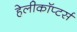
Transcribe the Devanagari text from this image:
हेलीकॉप्टर्स